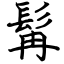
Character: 髯